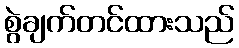
စွဲချက်တင်ထားသည်